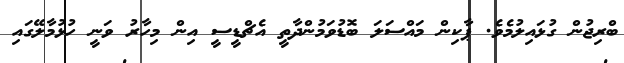
ބްރިޖުން ގުޅައިލުމެވެ. ޕާކިން މައްސަލަ ބޮޑުވަމުންދާތީ އެޗްޑީސީ އިން މިހާރު ވަނީ ހުޅުމާލޭގައި